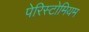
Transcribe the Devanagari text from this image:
पेरिस्टोमियम